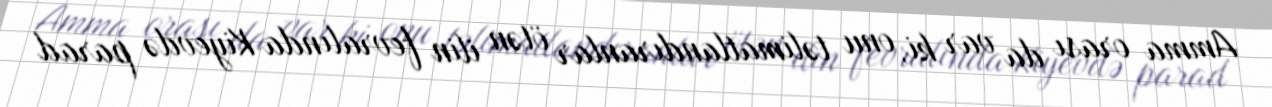
Amma orası da var ki, onu təlimatlandıranlar ötən ilin fevralında Kiyevdə parad